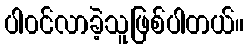
ပါ၀င်လာခဲ့သူဖြစ်ပါတယ်။